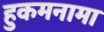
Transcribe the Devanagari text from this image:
हुकमनामा